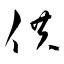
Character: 供